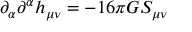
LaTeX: \partial _ { \alpha } \partial ^ { \alpha } h _ { \mu \nu } = - 1 6 \pi G S _ { \mu \nu }